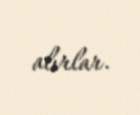
alırlar.